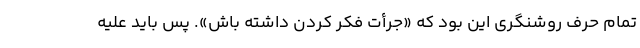
تمام حرفِ روشنگری این بود که «جرأت فکر کردن داشته باش». پس باید علیه